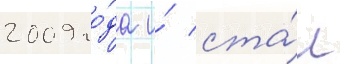
2009 го́да и́ ста́л